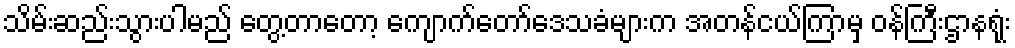
သိမ်းဆည်းသွားပါမည် တွေ့တာတော့ ကျောက်တော်ဒေသခံများက အတန်ငယ်ကြာမှ ဝန်ကြီးဌာနရုံး